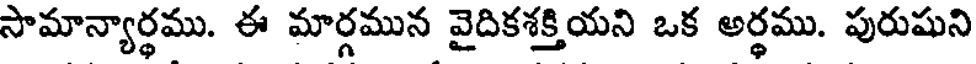
సామాన్యార్థము. ఈ మార్గమున వైదికశక్తియని ఒక అర్థము. పురుషుని